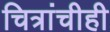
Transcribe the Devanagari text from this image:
चित्रांचीही